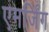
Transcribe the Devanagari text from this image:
एमर्जिंग